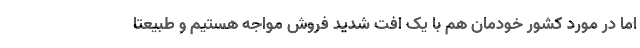
اما در مورد کشور خودمان هم با یک افت شدید فروش مواجه هستیم و طبیعتا